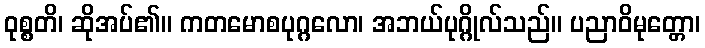
ဝုစ္စတိ၊ ဆိုအပ်၏။ ကတမောစပုဂ္ဂလော၊ အဘယ်ပုဂ္ဂိုလ်သည်။ ပညာဝိမုတ္တော၊